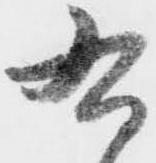
右